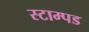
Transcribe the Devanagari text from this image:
स्टाम्पड